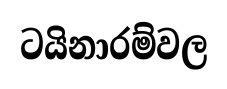
ටයිනාරම්වල